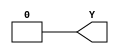
// ================================================================
// NVDLA Open Source Project
//
// Copyright(c) 2016 - 2017 NVIDIA Corporation. Licensed under the
// NVDLA Open Hardware License; Check "LICENSE" which comes with
// this distribution for more information.
// ================================================================
module NV_BLKBOX_SRC0_X(
Y
);
output Y;
assign Y = 1'b0;
endmodule